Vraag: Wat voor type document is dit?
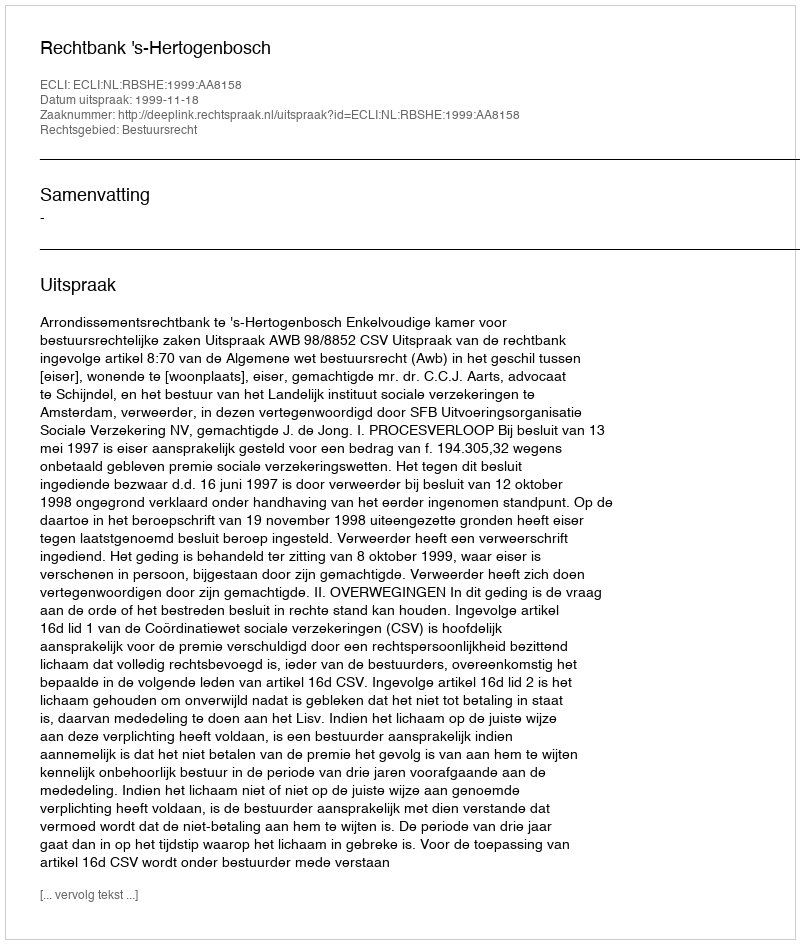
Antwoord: Uitspraak